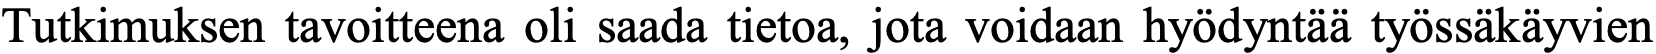
Tutkimuksen tavoitteena oli saada tietoa, jota voidaan hyödyntää työssäkäyvien